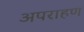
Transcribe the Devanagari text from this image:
अपराहण